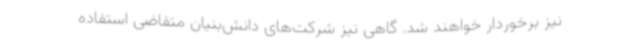
نیز برخوردار خواهند شد. گاهی نیز شرکت‌های دانش‌بنیان متقاضی استفاده